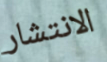
الانتشار